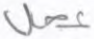
عجل